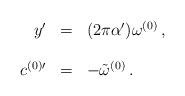
LaTeX: \begin{align*}\begin{array}{rcl}y^\prime &=& (2\pi\alpha^\prime)\omega^{(0)} \, ,\\& &\\c^{(0)\prime} &=& -{\tilde \omega}^{(0)} \, .\\\end{array}\end{align*}